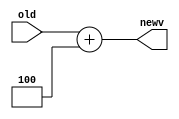
module PCAdder(newv, old);
   input [31:0] old;
   output [31:0] newv;

   assign newv = old + 4;

endmodule // main